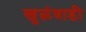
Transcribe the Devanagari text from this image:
खुळंवाडी